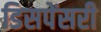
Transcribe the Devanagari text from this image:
डिसपेंसरी